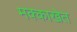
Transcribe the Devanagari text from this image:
मक्काखेत